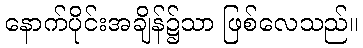
နောက်ပိုင်းအချိန်၌သာ ဖြစ်လေသည်။